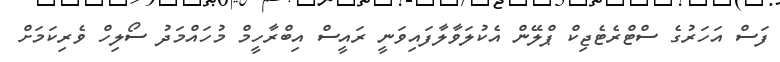
ފަސް އަހަރުގެ ސްޓްރެޓެޖިކް ޕްލޭން އެކުލަވާލާފައިވަނީ ރައީސް އިބްރާހީމް މުހައްމަދު ސޯލިހް ވެރިކަމަށް